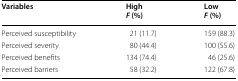
<table><thead><tr><td><b>Variables</b></td><td><b>High<i>F</i> (%)</b></td><td><b>Low<i>F</i> (%)</b></td></tr></thead><tbody><tr><td>Perceived susceptibility</td><td>21 (11.7)</td><td>159 (88.3)</td></tr><tr><td>Perceived severity</td><td>80 (44.4)</td><td>100 (55.6)</td></tr><tr><td>Perceived benefits</td><td>134 (74.4)</td><td>46 (25.6)</td></tr><tr><td>Perceived barriers</td><td>58 (32.2)</td><td>122 (67.8)</td></tr></tbody></table>